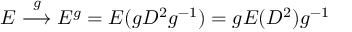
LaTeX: { \cal E } \stackrel { g } { \longrightarrow } { \cal E } ^ { g } = { \cal E } ( g { \sl D } ^ { 2 } g ^ { - 1 } ) = g { \cal E } ( { \sl D } ^ { 2 } ) g ^ { - 1 }